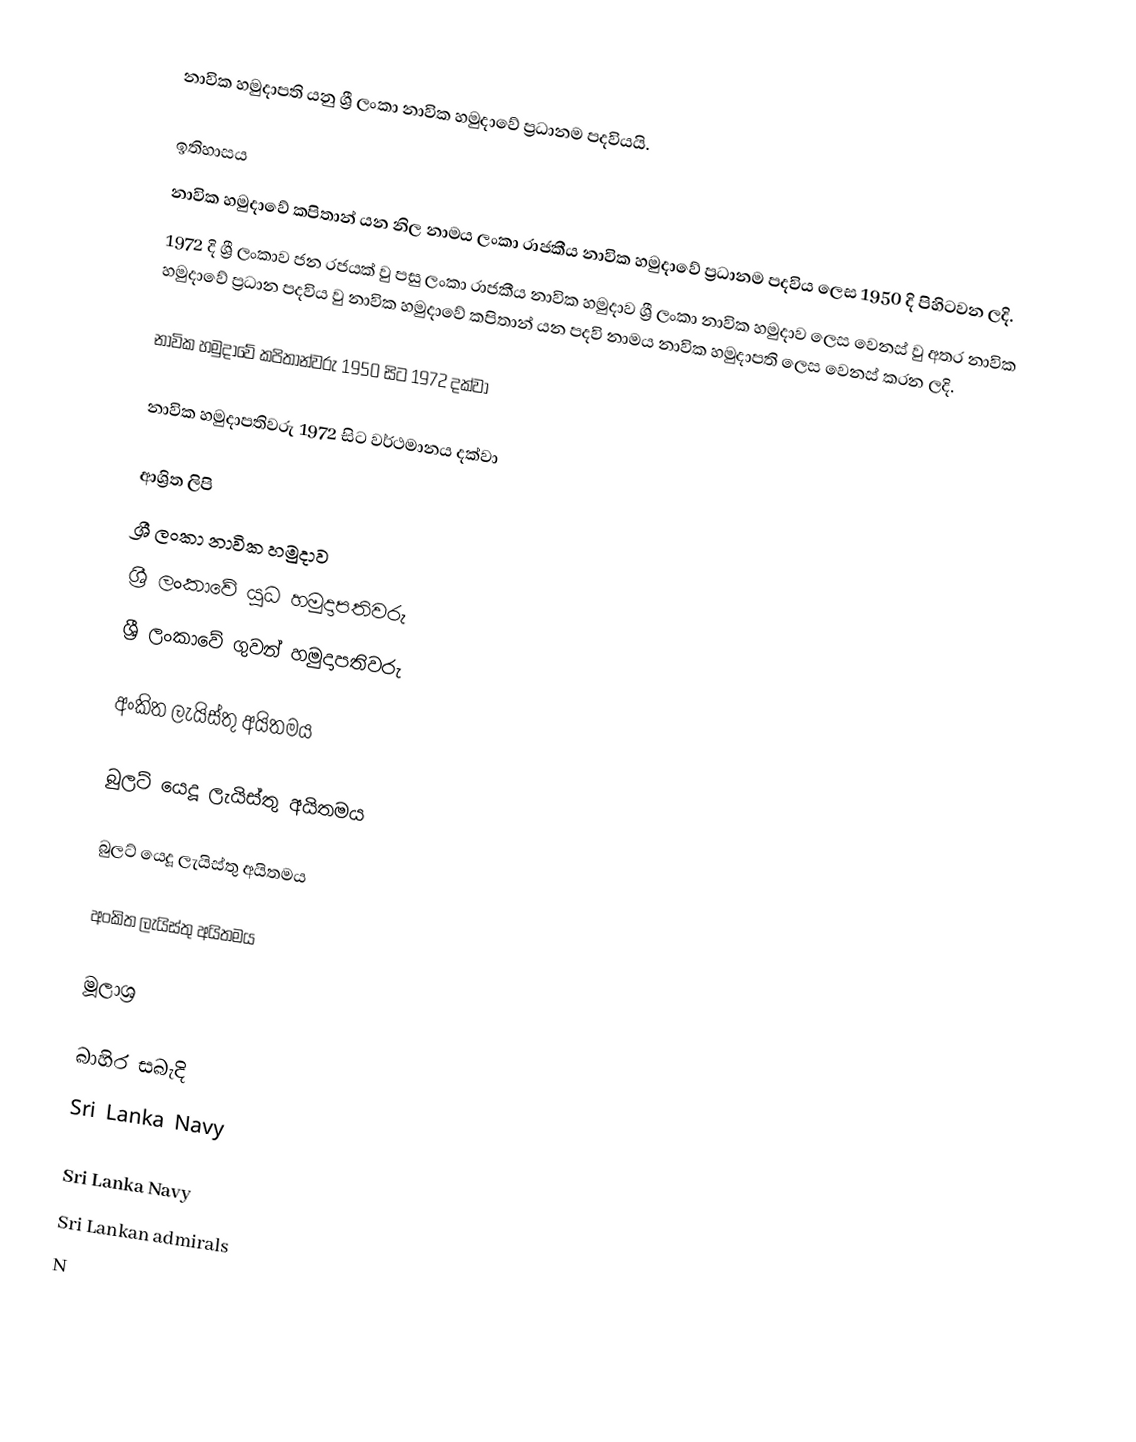
නාවික හමුදාපති යනු ශ්‍රී ලංකා නාවික හමුදාවේ ප්‍රධානම පදවියයි.

ඉතිහාසය
නාවික හමුදාවේ කපිතාන් යන නිල නාමය  ලංකා රාජකීය නාවික හමුදාවේ ප්‍රධානම පදවිය ලෙස 1950 දි පිහිටවන ලදි.
1972 දි ශ්‍රී ලංකාව ජන රජයක් වු පසු ලංකා රාජකීය නාවික හමුදාව  ශ්‍රී ලංකා නාවික හමුදාව ලෙස වෙනස් වු අතර නාවික හමුදාවේ ප්‍රධාන පදවිය වු නාවික හමුදාවේ කපිතාන් යන පදවි නාමය නාවික හමුදාපති ලෙස වෙනස් කරන ලදි.

නාවික හමුදාවේ කපිතාන්වරු 1950 සිට 1972 දක්වා

නාවික හමුදාපතිවරු 1972 සිට වර්ථමානය දක්වා

ආශ්‍රිත ලිපි
ශ්‍රී ලංකා නාවික හමුදාව
ශ්‍රී ලංකාවේ යුධ හමුදාපතිවරු
ශ්‍රී ලංකාවේ ගුවන් හමුදාපතිවරු

 අංකිත ලැයිස්තු අයිතමය

 බුලට් යෙදූ ලැයිස්තු අයිතමය

 බුලට් යෙදූ ලැයිස්තු අයිතමය

 අංකිත ලැයිස්තු අයිතමය

මූලාශ්‍ර

බාහිර සබැදි
Sri Lanka Navy

Sri Lanka Navy
Sri Lankan admirals
N